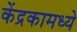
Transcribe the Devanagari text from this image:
केंद्रकामध्ये